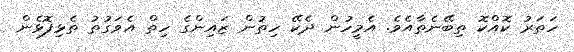
ހަތަރު ކޮއްކޮ ތިބޭނެތާއެވެ. އެމީހުން ދެކޭ ހިތުން ޒައިންގެ ހިތް އެވަގުތު ތެޅިފޮޅެން